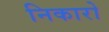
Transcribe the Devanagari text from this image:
निकारो